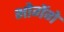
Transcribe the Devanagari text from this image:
भोगेंगे